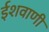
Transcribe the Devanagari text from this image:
ईशवाणी